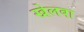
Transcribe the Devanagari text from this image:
खेलबा